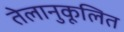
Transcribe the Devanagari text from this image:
तेलानुकूलित